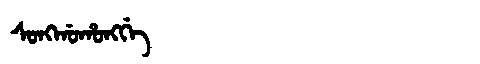
Manchu: ᠰᠣᠩᡤᠣᡥᠣᠩᡤᡝ
Romanization: SONGGOHONGGE